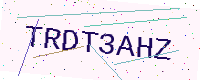
Text: TRDT3AHZ